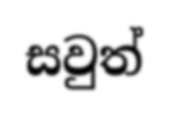
සවුත්